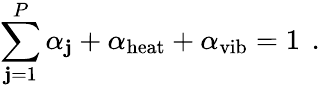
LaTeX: \sum_{\mathbf{j}=1}^{P}\alpha_{\mathbf{j}}+\alpha_{\mathrm{{heat}}}+\alpha_{\mathrm{{vib}}}=1\, \mathrm{{~.~}}